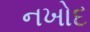
નખોદ